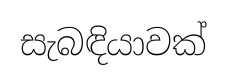
සැබඳියාවක්